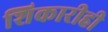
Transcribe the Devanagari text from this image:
शिकारीही